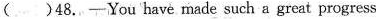
( )48.-You have made such a great progress